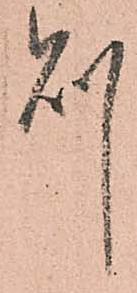
則